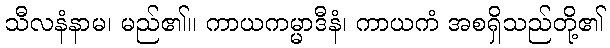
သီလနံနာမ၊ မည်၏။ ကာယကမ္မာဒီနံ၊ ကာယကံ အစရှိသည်တို့၏